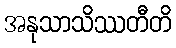
အနုသာသိဿတီတိ